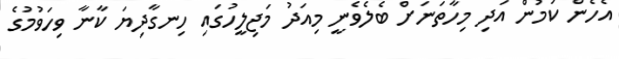
އެހެން ކަމުން އަދި މިހާތަނަށް ބެލެވެނީ މިއަދު މަޖިލީހުގައި ހިނގާދިޔަ ކާނާ ވިހަވުމުގެ